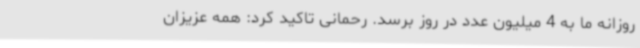
روزانه ما به 4 میلیون عدد در روز برسد. رحمانی تاکید کرد: همه عزیزان